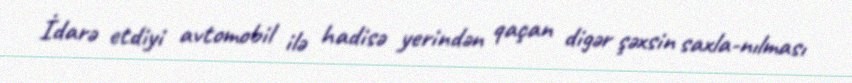
İdarə etdiyi avtomobil ilə hadisə yerindən qaçan digər şəxsin saxla­nılması